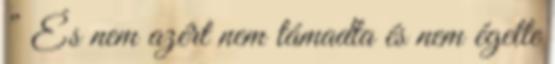
” És nem azért nem támadta és nem égette